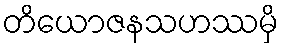
တိယောဇနသဟဿမှိ